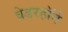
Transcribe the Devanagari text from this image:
वेडरहॉर्न